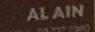
al